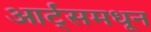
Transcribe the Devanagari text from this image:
आर्ट्समधून